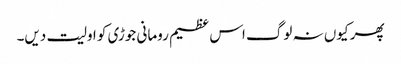
پھر کیوں نہ لوگ اس عظیم رومانی جوڑی کو اولیت دیں۔